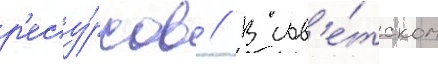
р'есу́рсов // В сов'е́тском